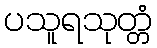
ပသူရသုတ္တံ